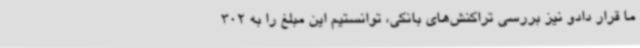
ما قرار دادو نیز بررسی تراکنش‌های بانکی، توانستیم این مبلغ را به 302